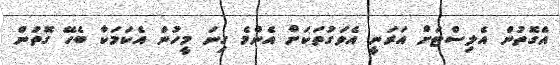
އެގޮތުން އެލިސްޓަށް އަރަނީ އެވަގުތަކަށް އެންމެ ގިނަ މީހުން އެކަމަކާ ބެހޭ ގޮތުން